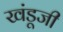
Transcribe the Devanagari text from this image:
खंडूजी